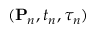
( { \bf P } _ { n } , t _ { n } , \tau _ { n } )